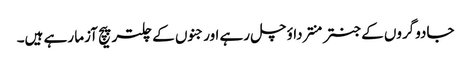
جادوگروں کے جنتر منترداؤ چل رہے اورجنوں کے چلتر پیچ آزما رہے ہیں۔